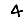
Digit: 4